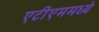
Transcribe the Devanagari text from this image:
एटीएममध्ये